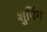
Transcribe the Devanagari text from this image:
शुपिंग